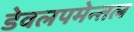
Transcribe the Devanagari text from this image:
डेवलपमेन्तल